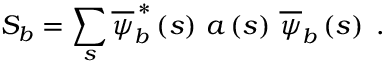
S _ { b } = \sum _ { s } \overline { { \psi } } _ { b } ^ { \, \ast } \left( s \right) \, a \left( s \right) \, \overline { { \psi } } _ { b } \left( s \right) \; .